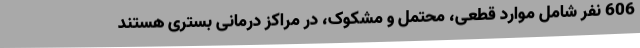
606 نفر شامل موارد قطعی، محتمل و مشکوک، در مراکز درمانی بستری هستند